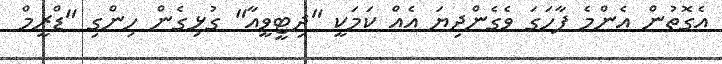
އެގޮތުން އެންމެ ފާހަގަ ވެގެންދިޔަ އެއް ކަމަކީ "ދިޓީވީއާ" ގުޅިގެން ހިންގި "ޑްރީމް